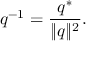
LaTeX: q ^ { - 1 } = { \frac { q ^ { * } } { \lVert q \rVert ^ { 2 } } } .